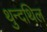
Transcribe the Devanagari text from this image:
थुन्दथिल